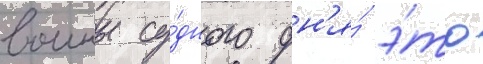
воины су́дного дн'я́ э́то